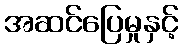
အဆင်ပြေမှုနှင့်